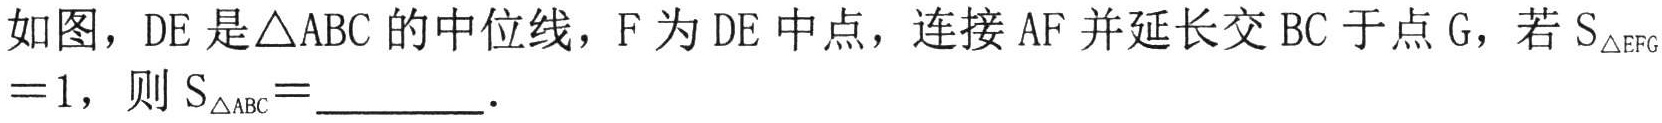
如图，$DE$是$\triangle ABC$的中位线，$F$为$DE$中点，连接$AF$并延长交$BC$于点$G$，若$S_{\triangle EFG}=1$，则$S_{\triangle ABC}=$________．